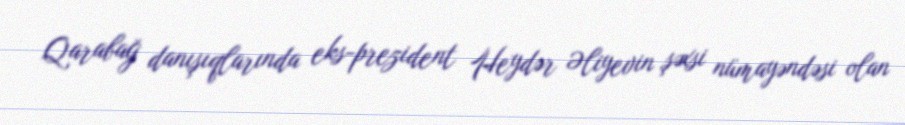
Qarabağ danışıqlarında eks-prezident Heydər Əliyevin şəxsi nümayəndəsi olan